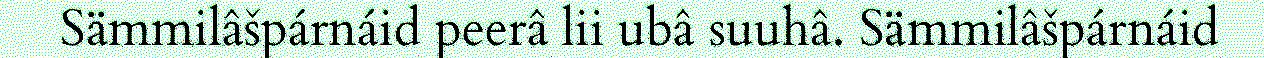
Sämmilâšpárnáid peerâ lii ubâ suuhâ. Sämmilâšpárnáid